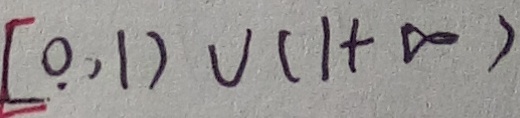
[ 0 , 1 ) \cup ( 1 + \infty )